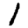
Digit: 1